Ranna_vallavalitsus, lk 12
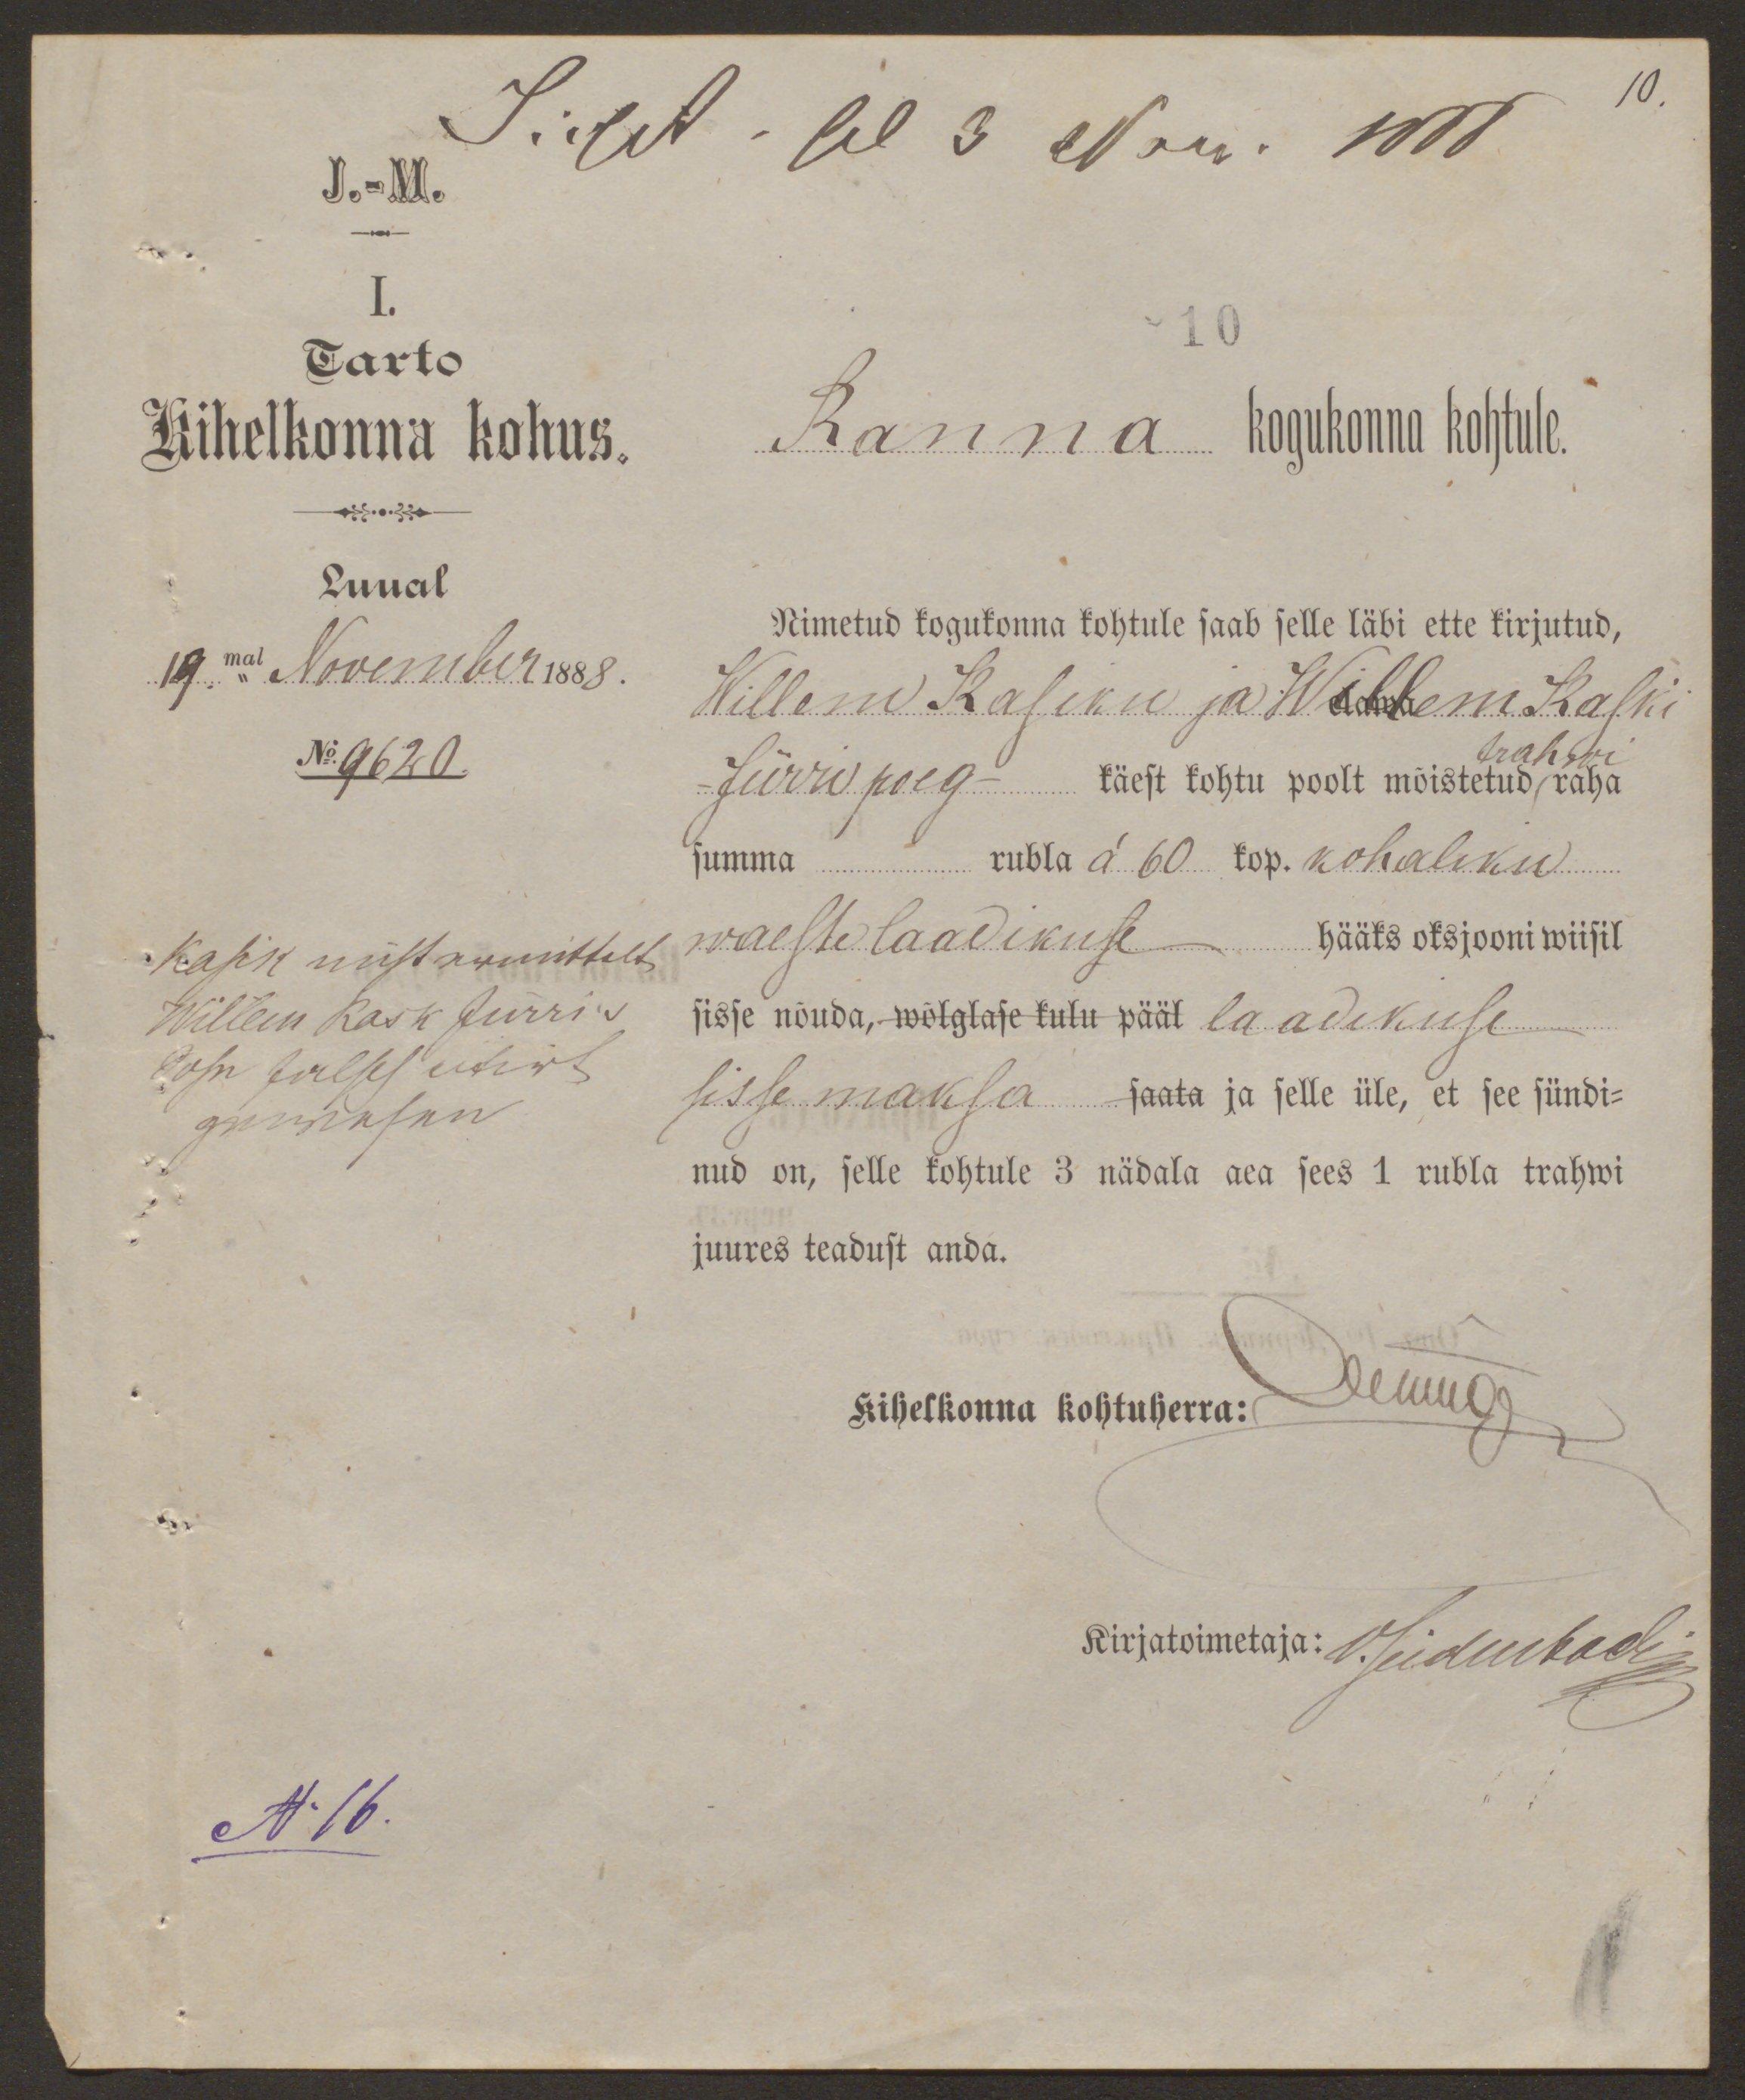
10
J.-M.
I.
10
Tarto
Kihelkonna kohus
Ranna kogukonna kohtule.
Luual
19. mal November 1888.
No: 9620.
Nimetud kogukonna kohtule saab selle läbi ette kirjutud,
Willem Kasiku ja Willem Kaski
Jürri poeg - käest kohtu poolt mõistetud raha
trahwi
summa...rubla á 60 kop. kohaliku
waeste laadikuste hääks oksjooni wiisil
sisse nõuda, wõlglase kulu pääl laadikuse
sisse maksa saata ja selle üle, et see sündi-
nud on, selle kohtule 3 nädala aea sees 1 rubla trahwi
juures teadust anda.
Kihelkonna kohtuherra:
demuga
Kirjatoimetaja: Viidubadi
No 16